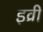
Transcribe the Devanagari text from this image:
इव्री